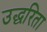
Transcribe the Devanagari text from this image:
उद्धरिता